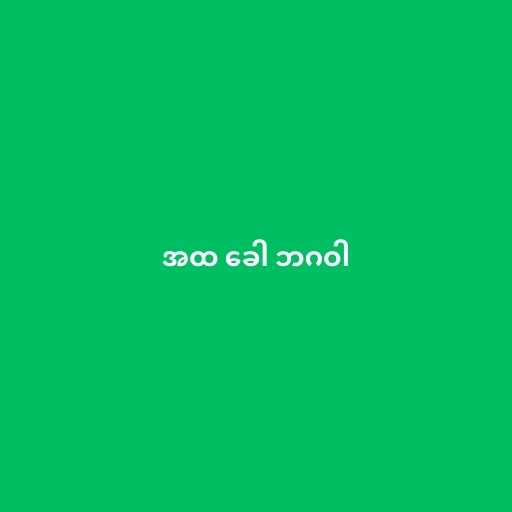
အထ ခေါ ဘဂဝါ